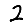
Digit: 2